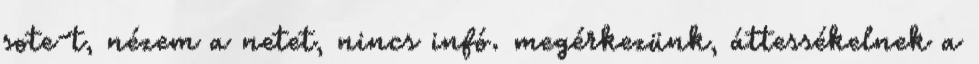
sote-t, nézem a netet, nincs infó. megérkezünk, áttessékelnek a